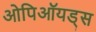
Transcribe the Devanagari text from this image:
ओपिऑयड्स